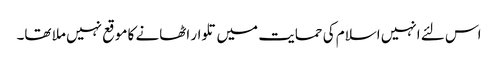
اس لئے انہیں اسلام کی حمایت میں تلوار اٹھانے کا موقع نہیں ملا تھا۔